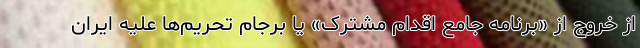
از خروج از «برنامه جامع اقدام مشترک» یا برجام تحریم‌ها علیه ایران